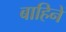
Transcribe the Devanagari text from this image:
बाहिनें